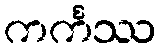
ကင်္ကဿ